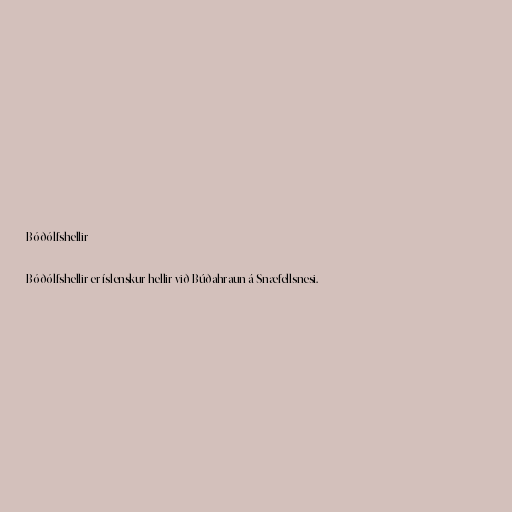
Bóðólfshellir

Bóðólfshellir er íslenskur hellir við Búðahraun á Snæfellsnesi.